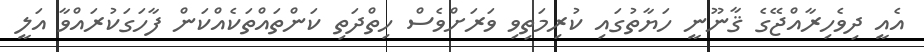
އެއީ ދިވެހިރާއްޖޭގެ ޤާނޫނީ ހަޔާތުގައި ކުރިމަތިވި ވަރަށްވެސް ހިތްދަތި ކަންތައްތަކެއްކަން ފާހަގަކުރައްވާ އަލީ